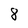
Character: 8